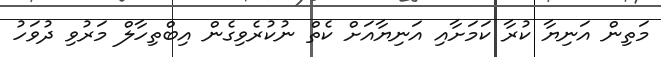
މަތިން އަނިޔާ ކުރާ ކަމަށާއި އަނިޔާއަށް ކެތް ނުކުރެވިގެން އިބްތިހާލް މަރުވި ދުވަހު